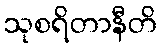
သုစရိတာနီတိ